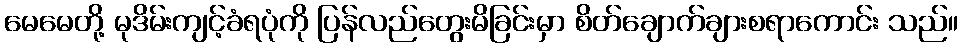
မေမေတို့ မုဒိမ်းကျင့်ခံရပုံကို ပြန်လည်တွေးမိခြင်းမှာ စိတ်ချောက်ချားစရာကောင်း သည်။